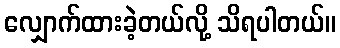
လျှောက်ထားခဲ့တယ်လို့ သိရပါတယ်။